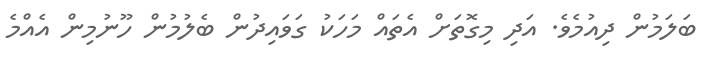
ބަލަމުން ދިއުމެވެ. އަދި މިގޮތަށް އެތައް މަހަކު ގަވައިދުން ބެލުމުން ހޫނުމިން އެއްމެ